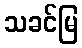
သခင်မြ